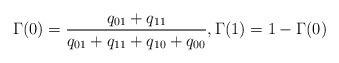
LaTeX: \begin{align*} &\Gamma(0) = \frac{q_{01}+q_{11}}{q_{01}+q_{11}+q_{10}+q_{00}},\Gamma(1) = 1-\Gamma(0) \end{align*}